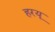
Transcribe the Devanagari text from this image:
हरयू